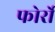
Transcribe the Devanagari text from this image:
फोर्रो